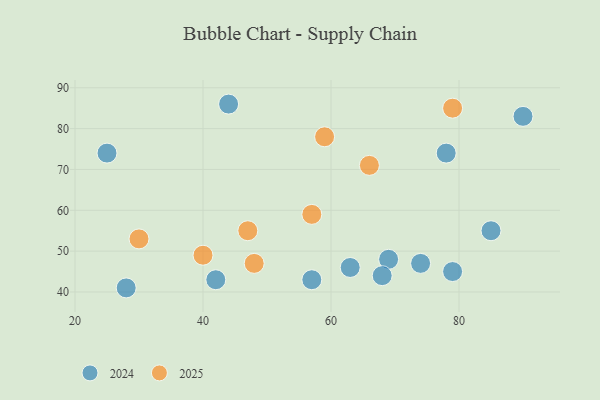
{"axis": {"x": "GDP", "y": "Life Expectancy"}, "legend": ["2024", "2025"], "data": [{"x": "79", "y": 45, "type": "2024"}, {"x": "69", "y": 48, "type": "2024"}, {"x": "28", "y": 41, "type": "2024"}, {"x": "90", "y": 83, "type": "2024"}, {"x": "25", "y": 74, "type": "2024"}, {"x": "42", "y": 43, "type": "2024"}, {"x": "44", "y": 86, "type": "2024"}, {"x": "68", "y": 44, "type": "2024"}, {"x": "85", "y": 55, "type": "2024"}, {"x": "74", "y": 47, "type": "2024"}, {"x": "78", "y": 74, "type": "2024"}, {"x": "57", "y": 43, "type": "2024"}, {"x": "63", "y": 46, "type": "2024"}, {"x": "57", "y": 59, "type": "2025"}, {"x": "66", "y": 71, "type": "2025"}, {"x": "48", "y": 47, "type": "2025"}, {"x": "59", "y": 78, "type": "2025"}, {"x": "79", "y": 85, "type": "2025"}, {"x": "47", "y": 55, "type": "2025"}, {"x": "40", "y": 49, "type": "2025"}, {"x": "30", "y": 53, "type": "2025"}]}